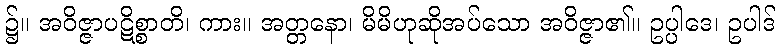
၌။ အဝိဇ္ဇာပဋိစ္စာတိ၊ ကား။ အတ္တနော၊ မိမိဟုဆိုအပ်သော အဝိဇ္ဇာ၏။ ဥပ္ပါဒေ၊ ဥပါဒ်